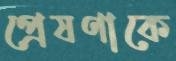
প্রেষণাকে